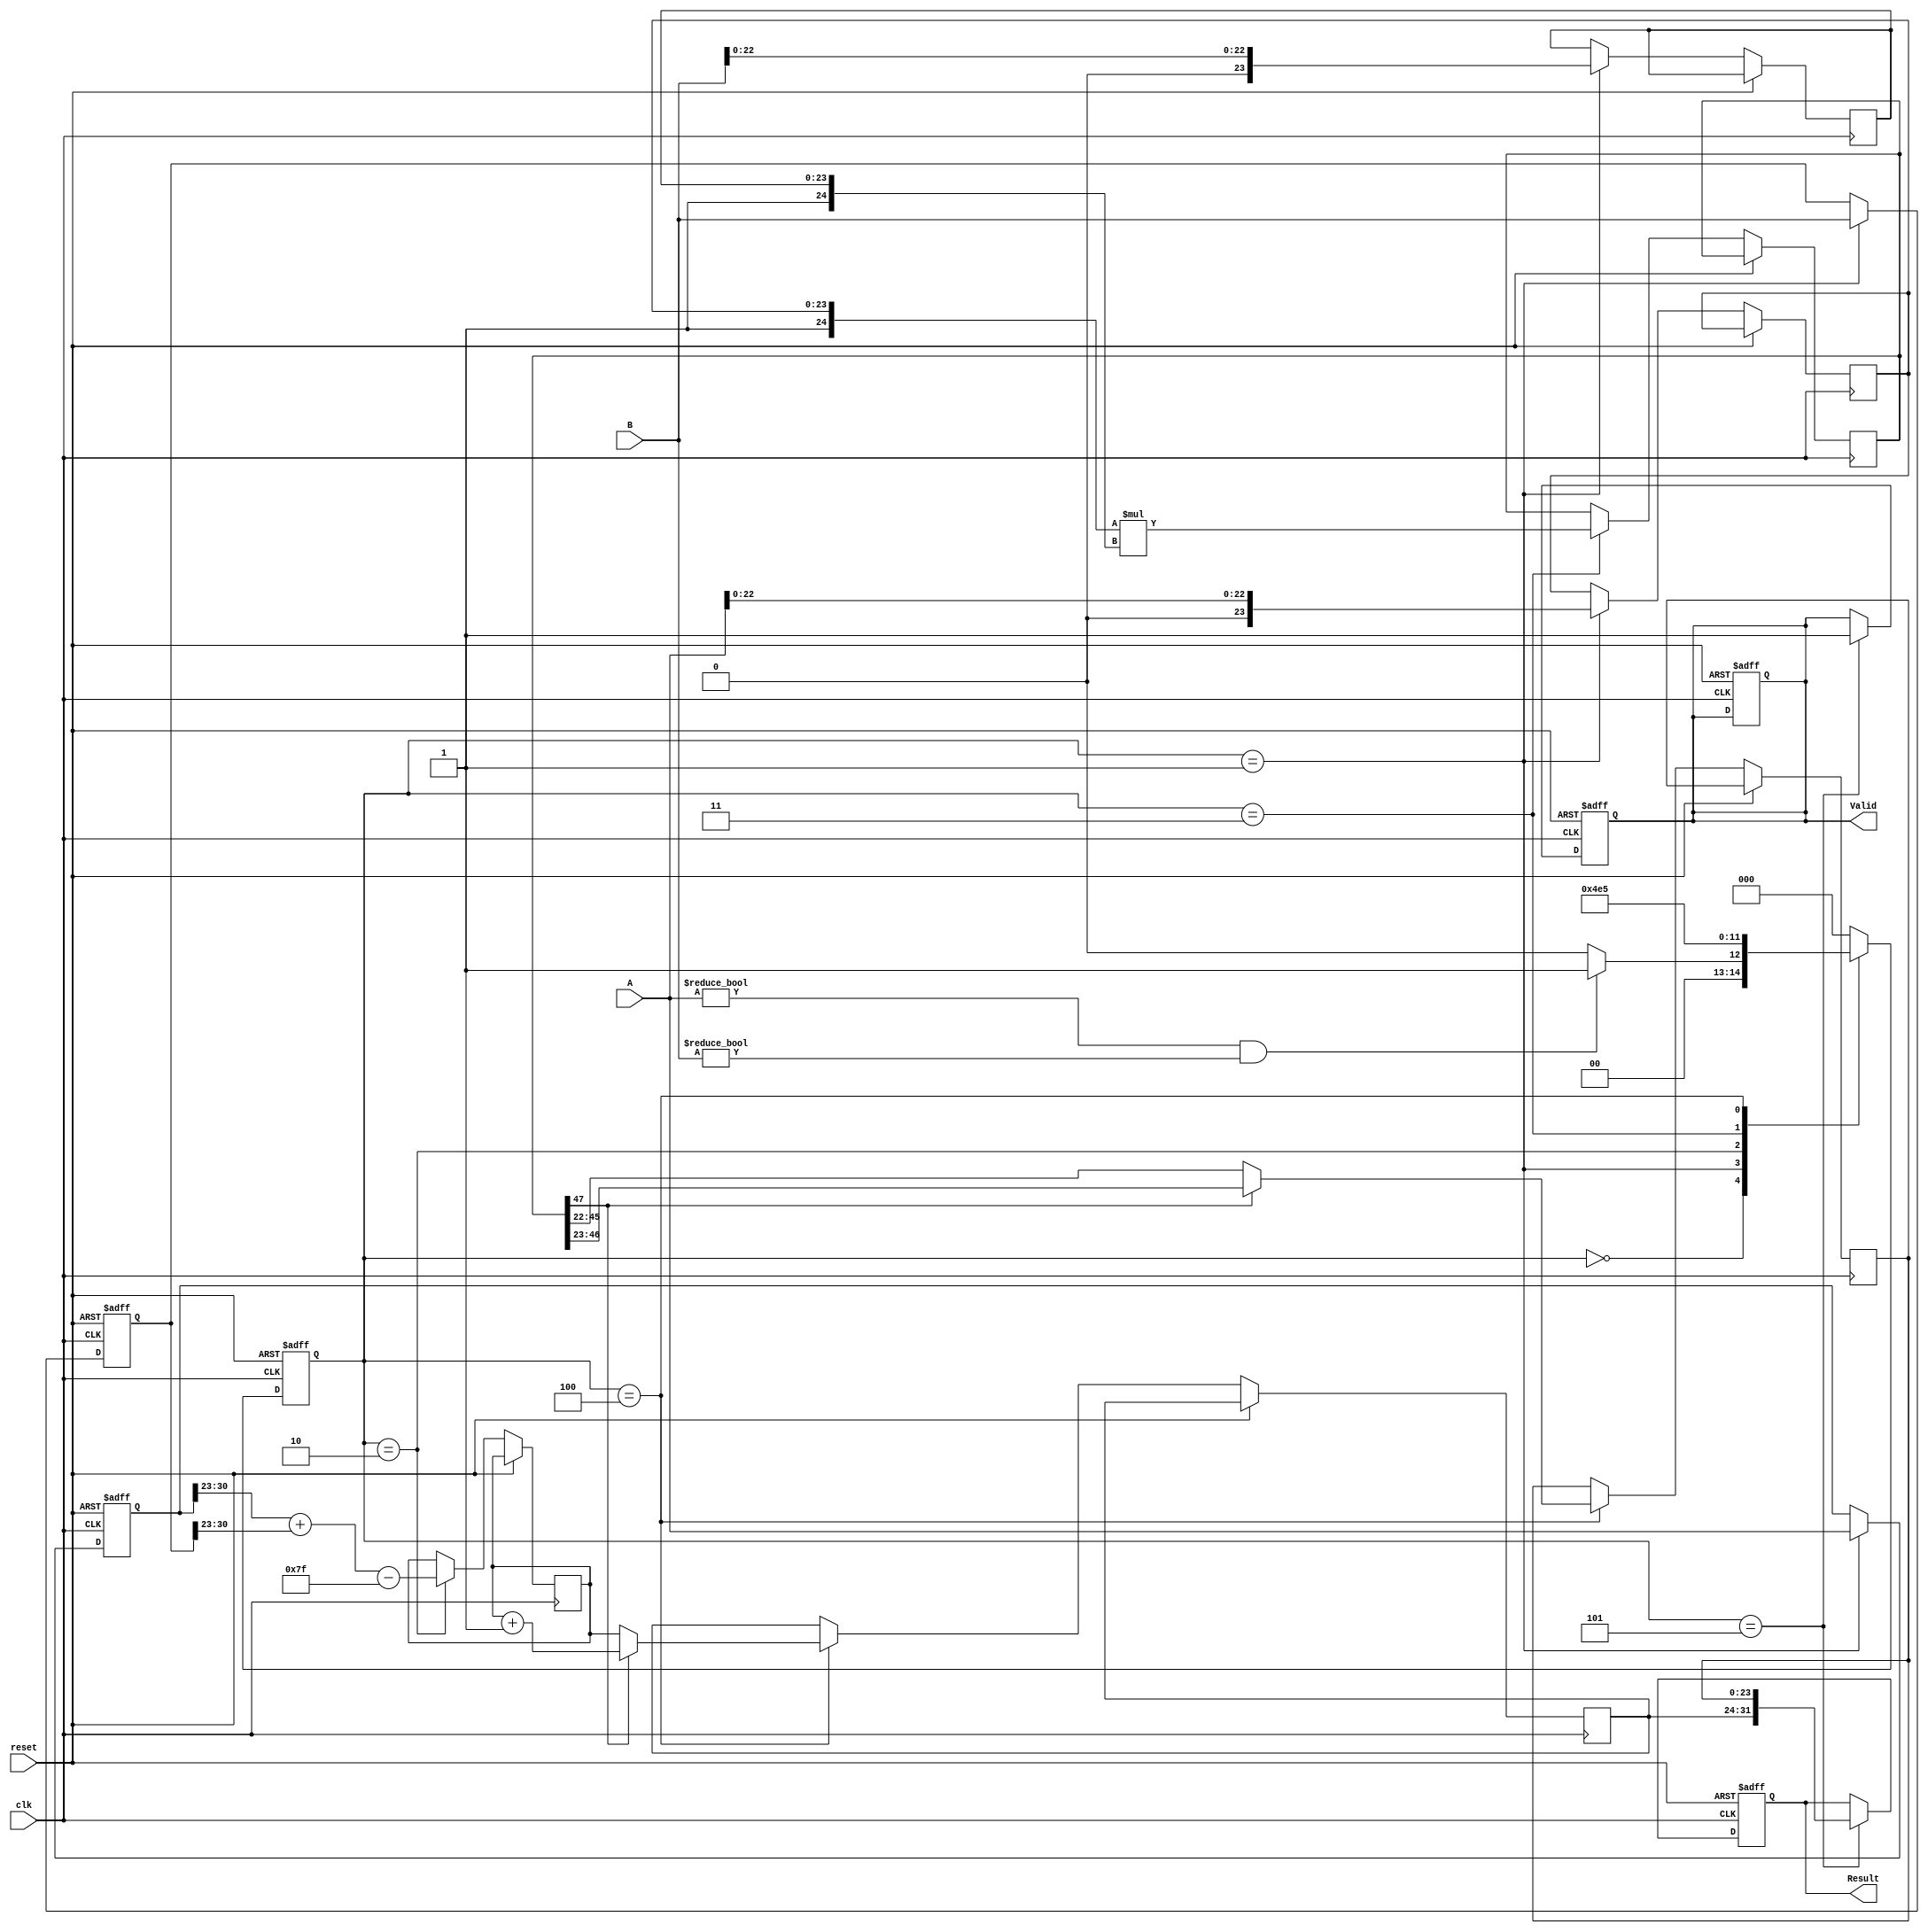
module pipelined_fp_multiplier (
    input wire [31:0] A,        // First floating-point input
    input wire [31:0] B,        // Second floating-point input
    input wire clk,             // Clock signal
    input wire reset,           // Active high reset signal
    output reg [31:0] Result,   // Floating-point output
    output reg Valid            // Output valid signal
);

    // Pipeline registers
    reg [31:0] A_reg, B_reg;    // Stage 1 registers
    reg sign_result;            // Stage 2 result
    reg [7:0] exp_result;       // Stage 2 exponent result
    reg [23:0] mantissa_A, mantissa_B; // Stage 1 mantissas
    reg [47:0] mantissa_result; // Stage 3 result
    reg [7:0] exp_sum;          // Stage 2 exponent sum
    reg [23:0] mantissa_norm;   // Stage 4 normalized mantissa
    reg [7:0] exp_final;        // Stage 4 final exponent

    // State registers
    reg [2:0] state;            // State for FSM
    reg [2:0] next_state;       // Next state for FSM

    // State encoding
    localparam IDLE = 3'b000,
               STAGE1 = 3'b001,
               STAGE2 = 3'b010,
               STAGE3 = 3'b011,
               STAGE4 = 3'b100,
               OUTPUT = 3'b101;

    // Control logic for state transitions
    always @(posedge clk or posedge reset) begin
        if (reset) begin
            state <= IDLE;
            Valid <= 0;
        end else begin
            state <= next_state;
        end
    end

    // Next state logic
    always @(*) begin
        case (state)
            IDLE: next_state = (A != 0 && B != 0) ? STAGE1 : IDLE;
            STAGE1: next_state = STAGE2;
            STAGE2: next_state = STAGE3;
            STAGE3: next_state = STAGE4;
            STAGE4: next_state = OUTPUT;
            OUTPUT: next_state = IDLE;
            default: next_state = IDLE;
        endcase
    end

    // Pipeline processing
    always @(posedge clk or posedge reset) begin
        if (reset) begin
            A_reg <= 0;
            B_reg <= 0;
            Result <= 0;
            Valid <= 0;
        end else begin
            case (state)
                IDLE: begin
                    // Do nothing
                end
                STAGE1: begin
                    A_reg <= A;
                    B_reg <= B;
                    mantissa_A <= A[22:0]; // Extract mantissa
                    mantissa_B <= B[22:0]; // Extract mantissa
                end
                STAGE2: begin
                    sign_result <= A_reg[31] ^ B_reg[31]; // Compute sign
                    exp_sum <= A_reg[30:23] + B_reg[30:23] - 127; // Exponent sum
                end
                STAGE3: begin
                    mantissa_result <= {1'b1, mantissa_A} * {1'b1, mantissa_B}; // Multiply mantissas
                end
                STAGE4: begin
                    // Normalize mantissa and adjust exponent
                    if (mantissa_result[47]) begin
                        mantissa_norm <= mantissa_result[46:23]; // Shift right
                        exp_final <= exp_sum + 1; // Adjust exponent
                    end else begin
                        mantissa_norm <= mantissa_result[45:22]; // No shift
                        exp_final <= exp_sum; // No adjustment
                    end
                end
                OUTPUT: begin
                    Result <= {sign_result, exp_final[7:0], mantissa_norm}; // Pack result
                    Valid <= 1; // Indicate valid output
                end
            endcase
        end
    end

endmodule